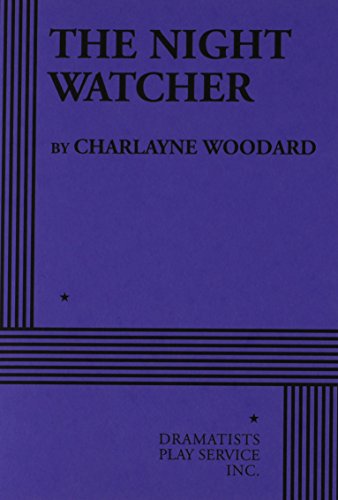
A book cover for The Night Watcher; Charlayne Woodard; Literature & Fiction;